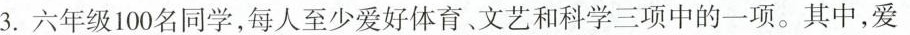
3.六年级100名同学，每人至少爱好体育、文艺和科学三项中的一项。其中，爱